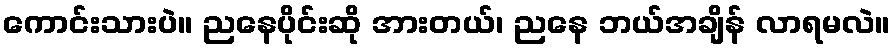
ကောင်းသားပဲ။ ညနေပိုင်းဆို အားတယ်၊ ညနေ ဘယ်အချိန် လာရမလဲ။